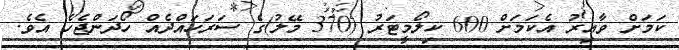
ކަމަށް ވާއިރު އެކަމަށް 600 ކިލޯމީޓަރު (370 މޭލު)ގެ ސަރަހައްދެއް ހޯދަންޖެހެ އެވެ.